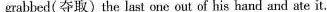
grabbed(夺取) the last one out of his hand and ate it.